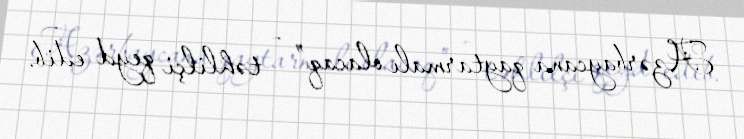
Azərbaycana qaytarmalı olacaq” - təhlilçi qeyd edib.